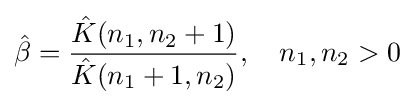
{\hat {\beta }}={\frac {{\hat {K}}(n_{1},n_{2}+1)}{{\hat {K}}(n_{1}+1,n_{2})}},\quad n_{1},n_{2}>0